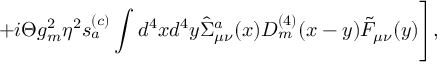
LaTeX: + i \Theta g _ { m } ^ { 2 } \eta ^ { 2 } s _ { a } ^ { ( c ) } \int d ^ { 4 } x d ^ { 4 } y \hat { \Sigma } _ { \mu \nu } ^ { a } ( x ) { \cal D } _ { m } ^ { ( 4 ) } ( x - y ) \tilde { \cal F } _ { \mu \nu } ( y ) \Biggr ] ,